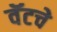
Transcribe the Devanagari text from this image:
वॅटचे